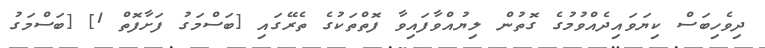
ދިވެހިބަސް ކިޔަވައިދެއްވުމުގެ ގޮތުން ލިޔުއްވާފައިވާ ފޮތްތަކުގެ ތެރޭގައި [ބަސްމަގު ފަށާފޮތް 1] [ބަސްމަގު